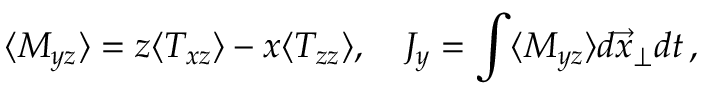
\langle M _ { y z } \rangle = z \langle T _ { x z } \rangle - x \langle T _ { z z } \rangle , \quad J _ { y } = \int \langle M _ { y z } \rangle d \vec { x } _ { \perp } d t \, ,